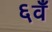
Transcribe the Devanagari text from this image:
६वँ